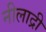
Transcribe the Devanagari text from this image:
नीलाद्री